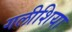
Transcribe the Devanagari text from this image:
गलीशिया